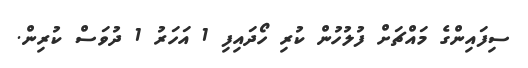
ސިފައިންގެ މައްޗަށް ފުލުހުން ކުރި ހޯދައިފި 1 އަހަރު 1 ދުވަސް ކުރިން.